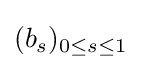
(b_{s})_{0\leq s\leq 1}